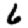
Digit: 6